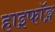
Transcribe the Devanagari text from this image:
हाइफॉङ्ग